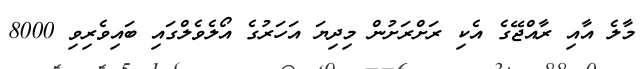
މާލެ އާއި ރާއްޖޭގެ އެކި ރަށްރަށުން މިދިޔަ އަހަރުގެ އޯލެވެލްގައި ބައިވެރިވި 8000